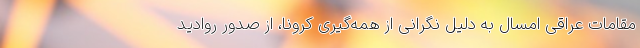
مقامات عراقی امسال به دلیل نگرانی از همه‌گیری کرونا، از صدور روادید